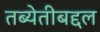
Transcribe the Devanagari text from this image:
तब्येतीबद्दल